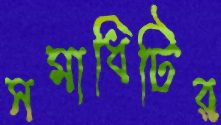
সমাধিটির